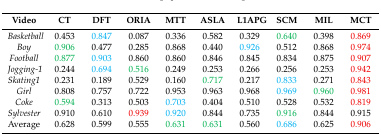
| Video | CT | DFT | ORIA | MTT | ASLA | L1APG | SCM | MIL | MCT |
 | --- | --- | --- | --- | --- | --- | --- | --- | --- | --- |
 | Basketball | 0.453 | 0.847 | 0.087 | 0.336 | 0.582 | 0.329 | 0.640 | 0.398 | 0.869 |
 | Boy | 0.906 | 0.477 | 0.285 | 0.868 | 0.440 | 0.926 | 0.512 | 0.868 | 0.974 |
 | Football | 0.877 | 0.903 | 0.860 | 0.860 | 0.846 | 0.845 | 0.834 | 0.875 | 0.907 |
 | Jogging-1 | 0.244 | 0.694 | 0.516 | 0.249 | 0.253 | 0.266 | 0.256 | 0.253 | 0.942 |
 | Skating1 | 0.231 | 0.189 | 0.529 | 0.160 | 0.717 | 0.217 | 0.833 | 0.271 | 0.843 |
 | Girl | 0.808 | 0.757 | 0.722 | 0.953 | 0.963 | 0.968 | 0.969 | 0.960 | 0.981 |
 | Coke | 0.594 | 0.313 | 0.503 | 0.703 | 0.404 | 0.510 | 0.528 | 0.532 | 0.819 |
 | Sylvester | 0.910 | 0.610 | 0.939 | 0.920 | 0.844 | 0.735 | 0.916 | 0.844 | 0.915 |
 | Average | 0.628 | 0.599 | 0.555 | 0.631 | 0.631 | 0.560 | 0.686 | 0.625 | 0.906 |